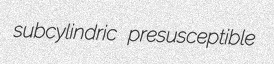
subcylindric presusceptible